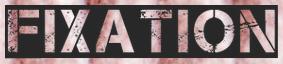
FIXATION